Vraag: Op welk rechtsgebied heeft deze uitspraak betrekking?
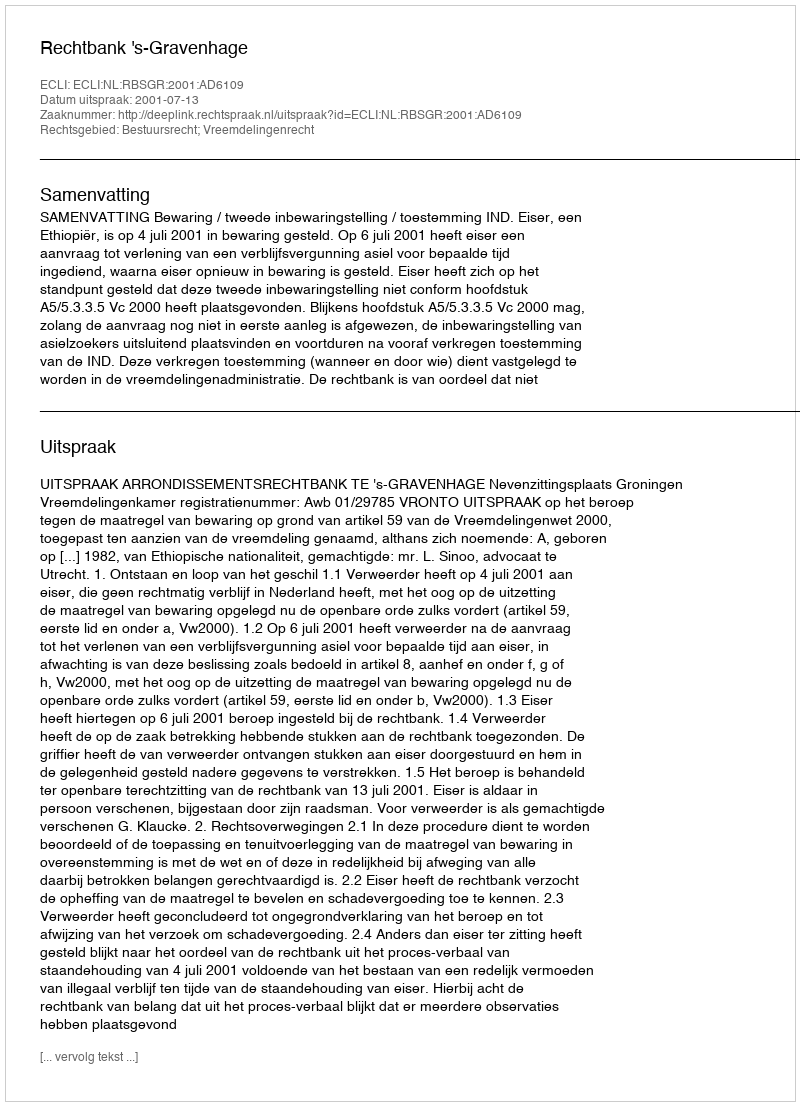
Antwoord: Bestuursrecht; Vreemdelingenrecht